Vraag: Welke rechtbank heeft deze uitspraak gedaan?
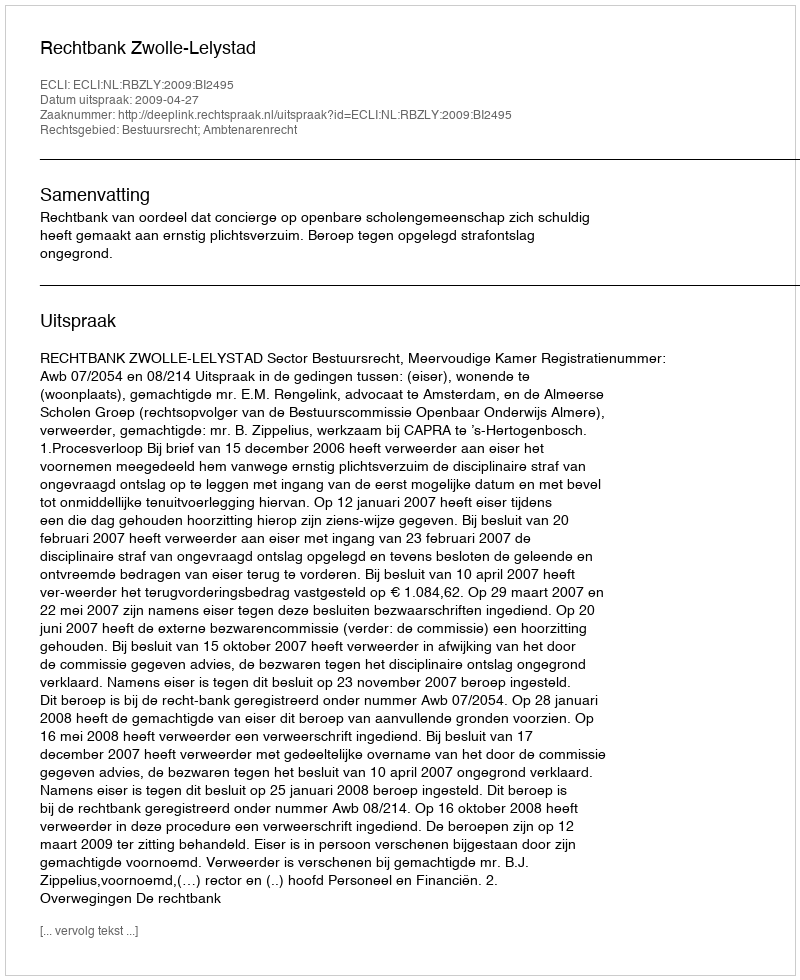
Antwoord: Rechtbank Zwolle-Lelystad